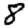
Digit: 8